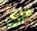
الزي